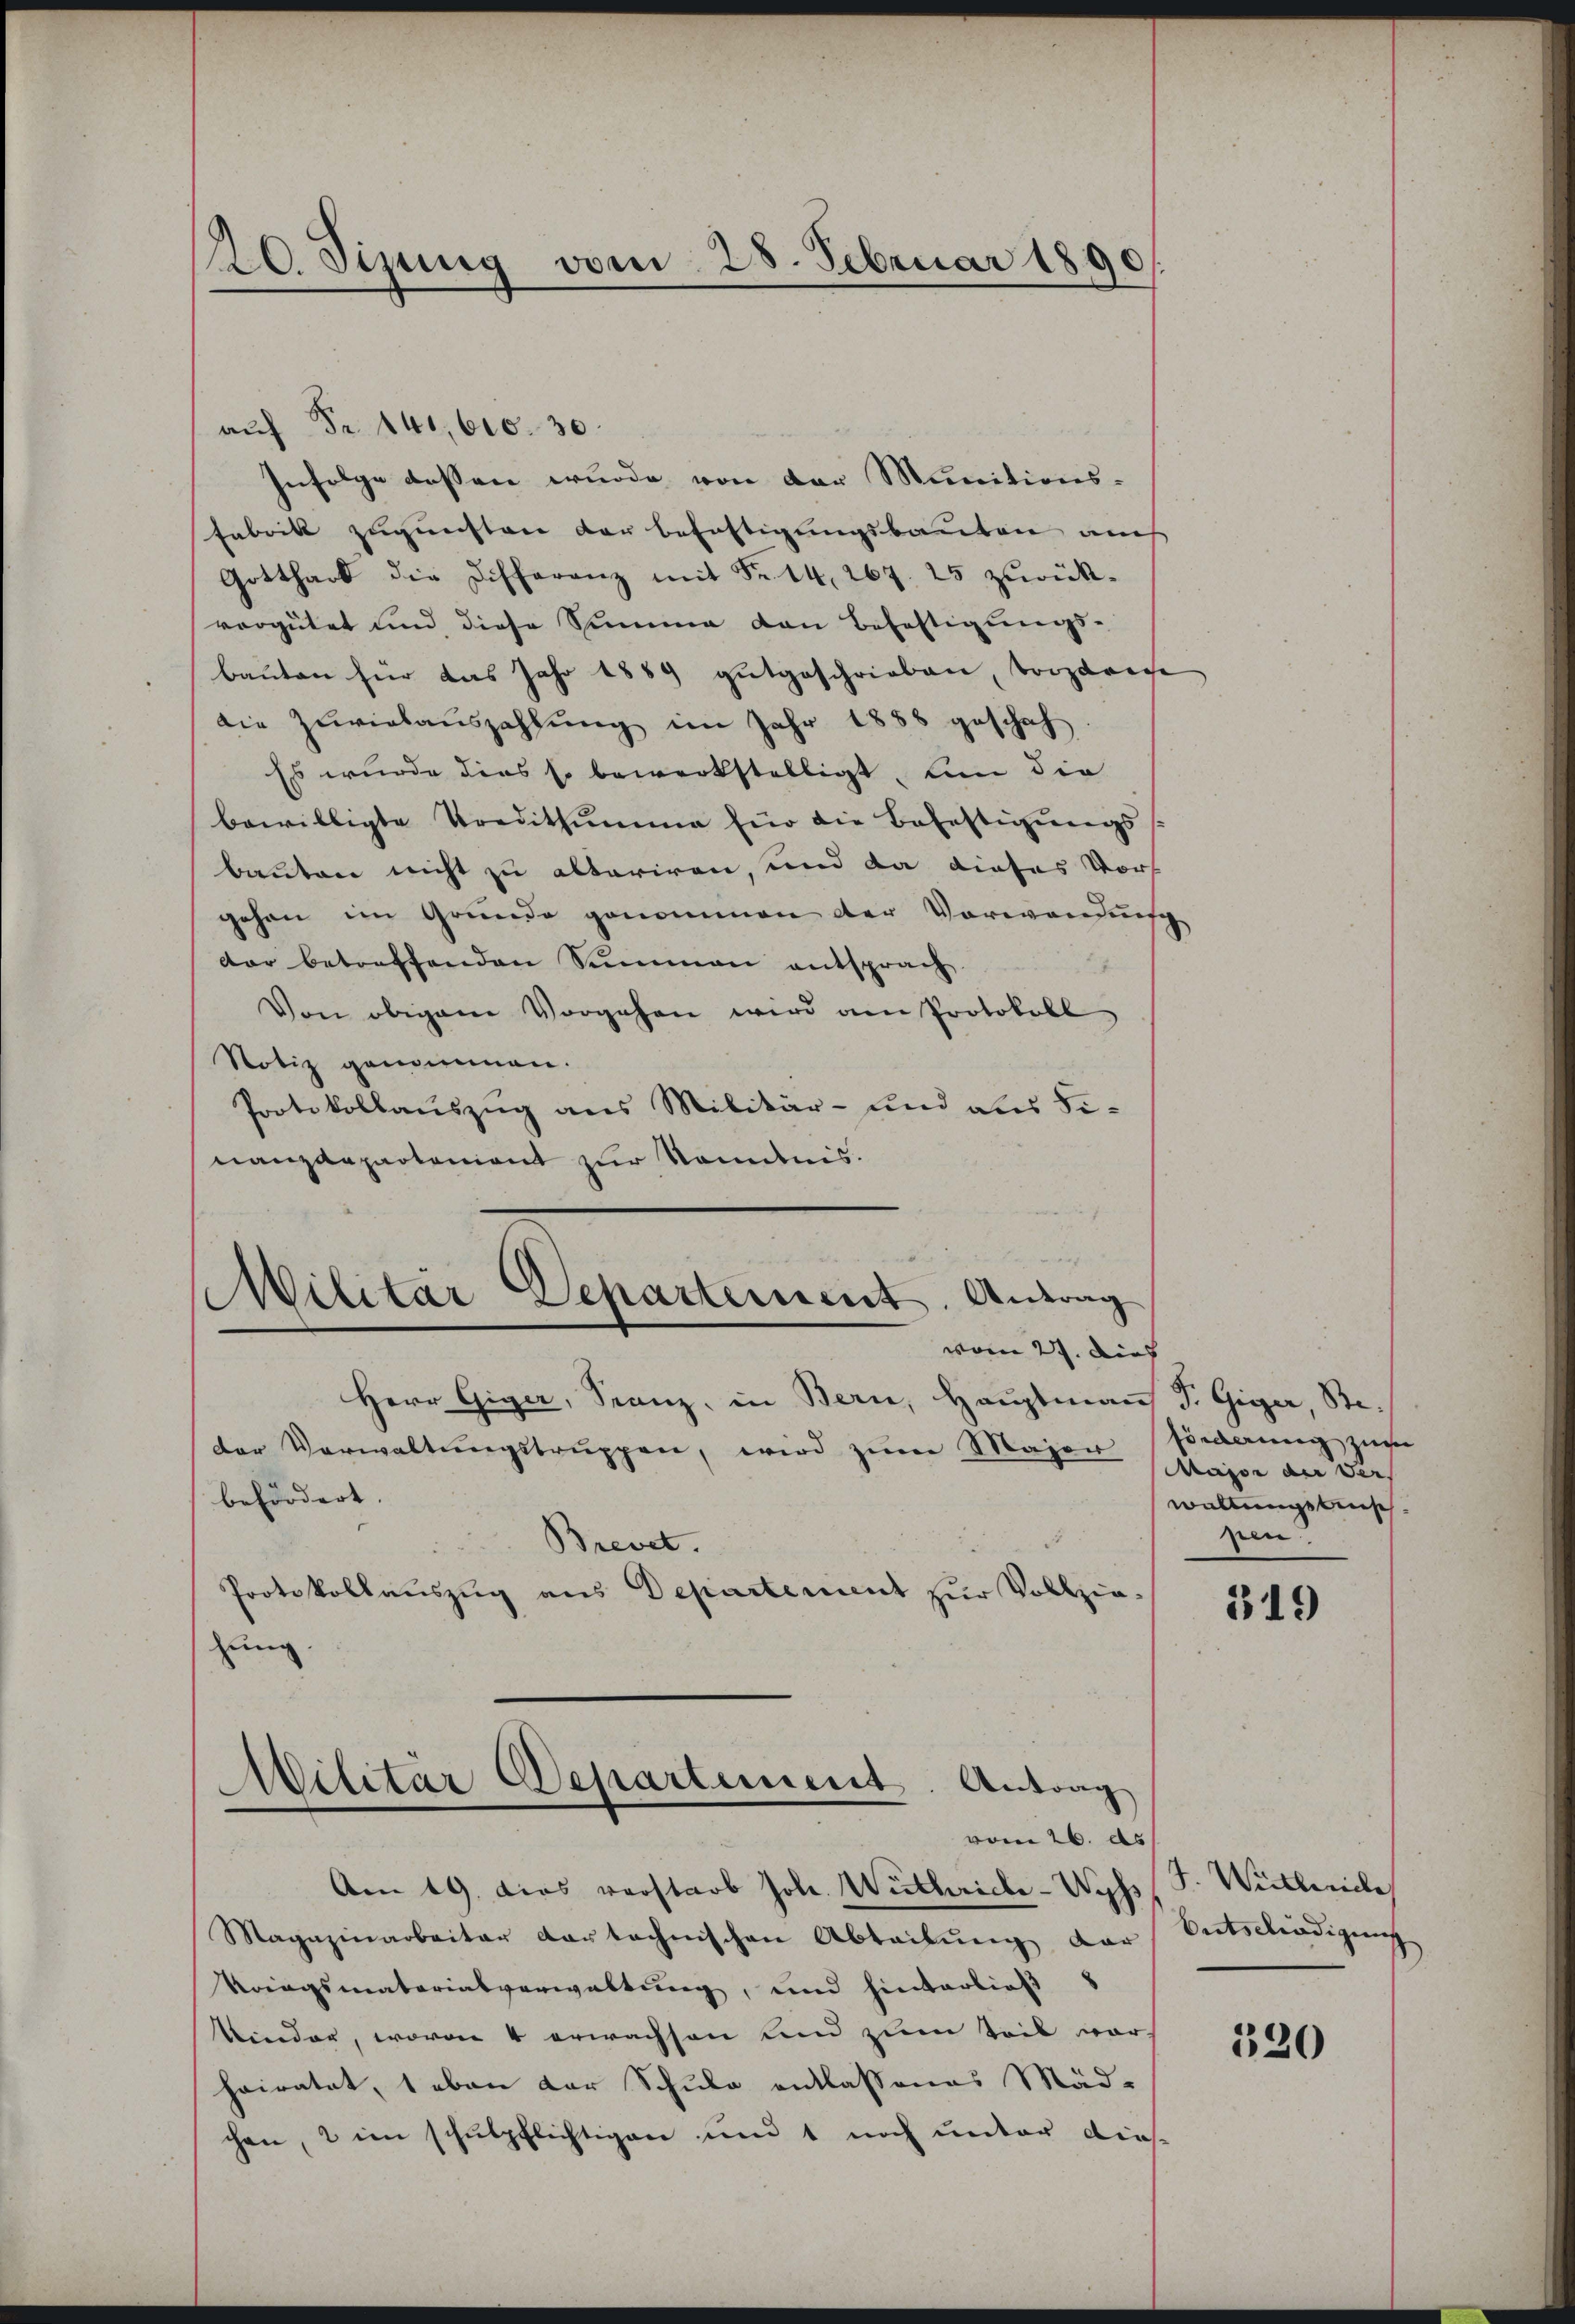
20 Sizung vom 28. Februar 1890

aŭf Fr. 141,600. 30.
Infolge dessen wurde von der Munitions-
Fabrik zugunsten der beföhtigungsbauten auch
Gotthard die Differenz mit Fr. 14, 267. 25 zurück-
vergütet und diese Summe den Befestigungs-
baŭten für das Jahr 1889 gŭtgeschrieben, trostrige
die Zŭwielaŭszahlŭng im Jahr 1858 geschah
Es wurde dies so bewerkstelligt, nun die
bewilligte Preditsumme für die Befestigungs
bauten nicht zu alteriren, und da dieses Vors
gehen im Grunde genommen der Vorwandnis
dar betreffenden Summen entsprach
Von obigem Vorgehen wird am Protokoll
Notiz genommen.
Protokollauszug aus Militär- und aus Fi-
nanzdepartement zur Kenntnis.

Militär Departement. Antrag
vom 27. Dies |

Herr Giger, Franz, in Bern, Hauptman
der Verwaltungstruppen, wird zum Majer
befördert.
Brevet.
Protokollauszug aus Departement zur Vollzie¬
Eng.

Militär Departement. Antrag
vom 26. ds

Am 19. Das vorstarb Joh. Wüthrich-Wyss
Magazinarbeiter dar technischen Abteilung dar
Kriegsmaterialverwaltung, und hinterließ
Kinder, wovon 4 erwachsen und zum Teil vor
hairatet, 1 eben der Schule entlassenes Mäd-
chen, 2 im schulpflichtigen und 1 noch unter dies¬

F. Giger Ste-
förderung zu
Major der der
waltungsbesch
nen.

519

4. Willeiche
Entschädigung

320